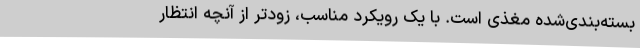
بسته‌بندی‌شده مغذی است. با یک رویکرد مناسب، زودتر از آنچه انتظار